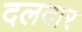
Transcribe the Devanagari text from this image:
दलदार